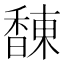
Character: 𲋰